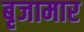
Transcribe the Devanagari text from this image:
बृजामार